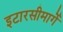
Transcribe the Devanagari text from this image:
इटारसीमार्गे